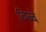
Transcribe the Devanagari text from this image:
बिब्बे